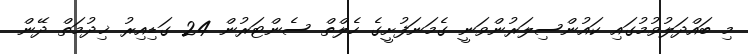
މި ބައްދަލުވުމުގައި ކައުންސިލަރުންވަނީ ގެމަނަފުށީގެ ހެލްތް ސެންޓަރުން 24 ގަޑިއިރު ޚިދުމަތް ދޭން